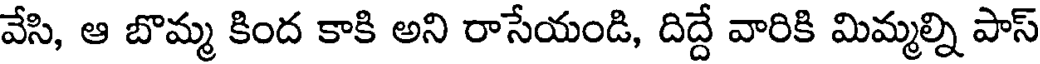
వేసి, ఆ బొమ్మ కింద కాకి అని రాసేయండి, దిద్దే వారికి మిమ్మల్ని పాస్